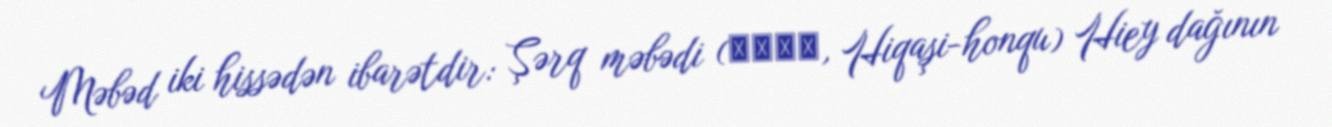
Məbəd iki hissədən ibarətdir: Şərq məbədi (東西本宮, Hiqaşi-honqu) Hiey dağının